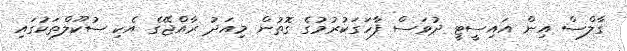
ގާލްސް އިން އައިސީޓީ ދުވަސް ފާހަގަކުރުމުގެ ގޮތުން މިއަދު ރާއްޖޭގެ އެކި ސުކޫލްތަކުގައި